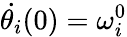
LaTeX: \dot{\theta_{i}}(0)=\omega_{i}^{0}